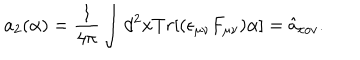
a _ { 2 } ( \alpha ) = \frac { 1 } { 4 \pi } \int d ^ { 2 } x T r [ ( \epsilon _ { \mu \nu } F _ { \mu \nu } ) \alpha ] = \hat { a } _ { c o v } .